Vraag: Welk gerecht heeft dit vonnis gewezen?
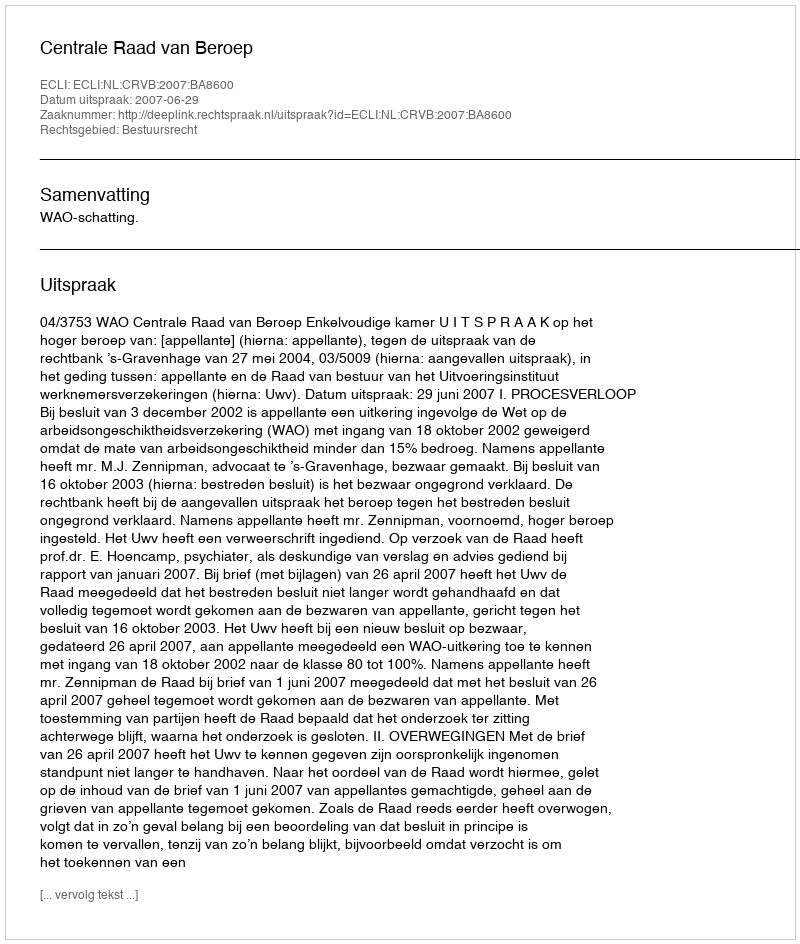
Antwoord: Centrale Raad van Beroep